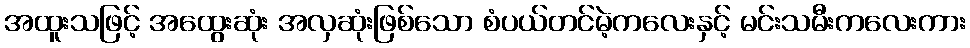
အထူးသဖြင့် အထွေးဆုံး အလှဆုံးဖြစ်သော စံပယ်တင်မဲ့ကလေးနှင့် မင်းသမီးကလေးကား